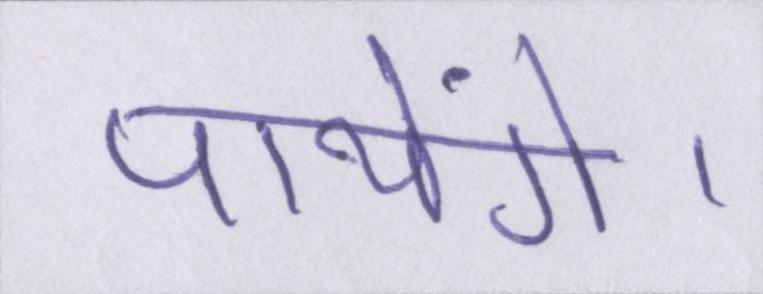
पायेंगे।